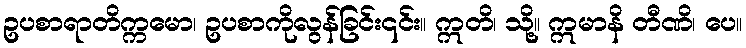
ဥပစာရာတိက္ကမော၊ ဥပစာကိုလွန်ခြင်း၎င်း။ ဣတိ၊ သို့။ ဣမာနိ တီဏိ၊ ပေ။